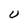
Character: U